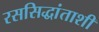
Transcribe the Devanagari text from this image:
रससिद्धांताशी